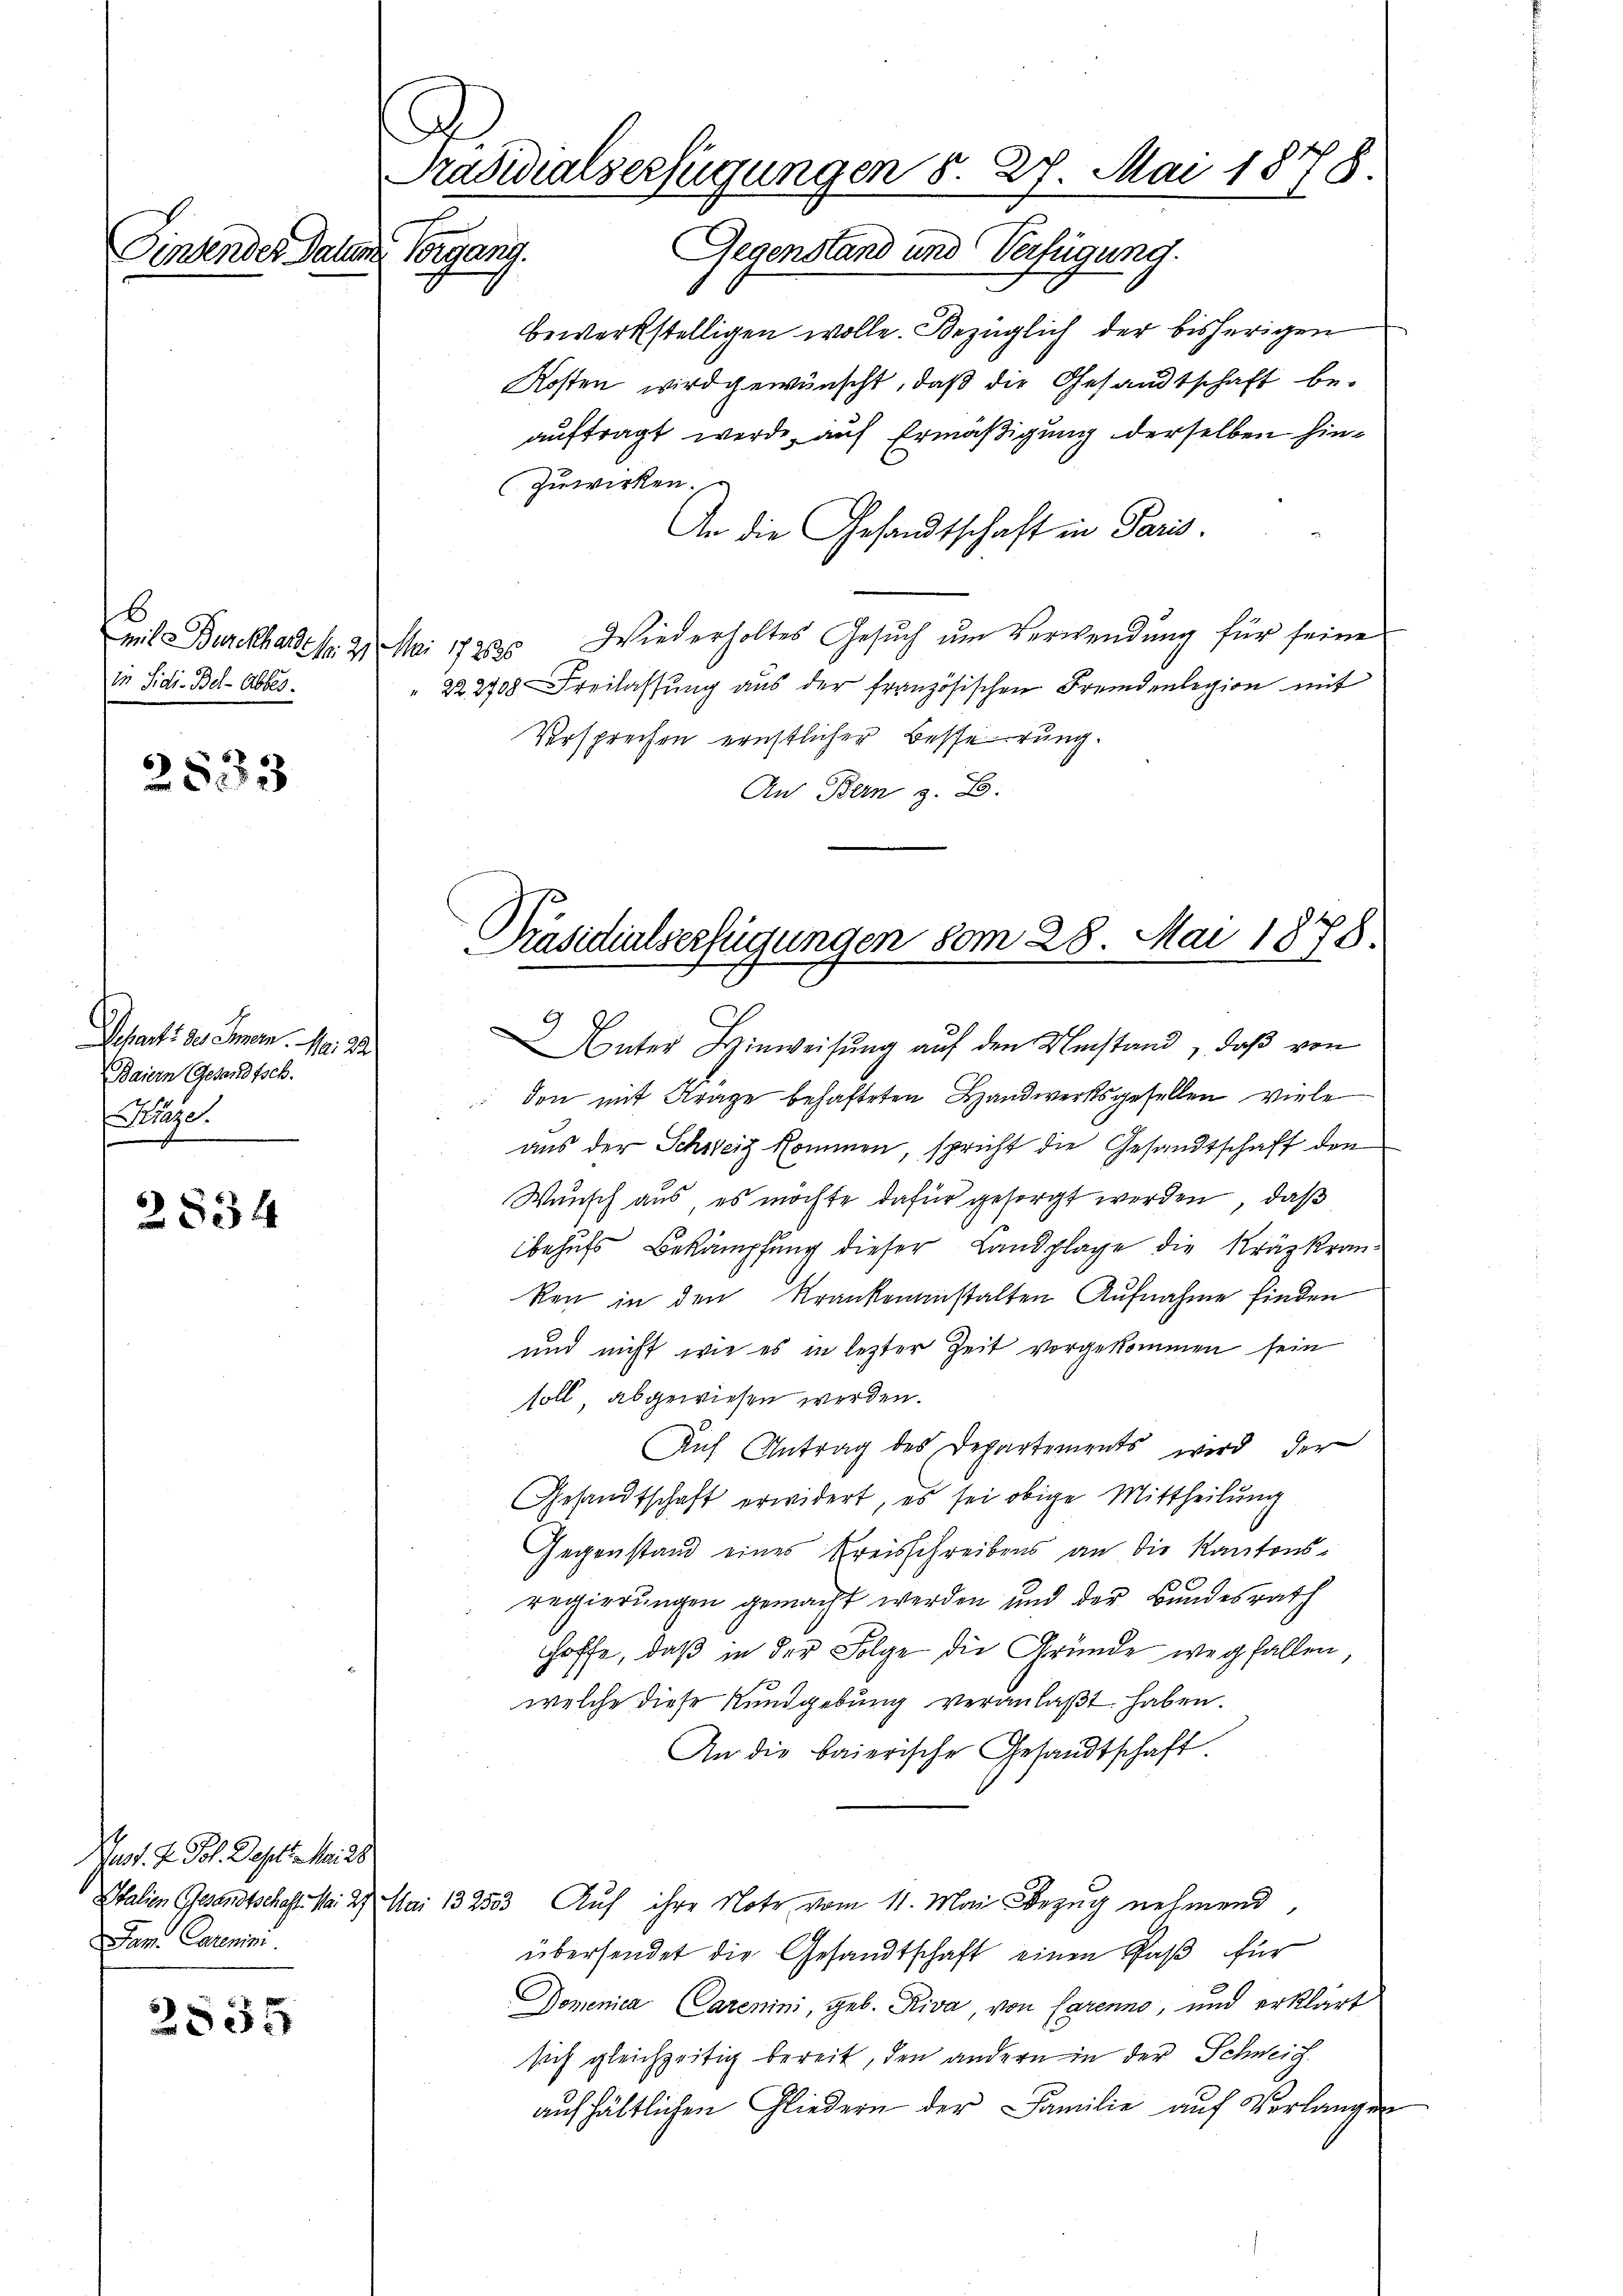
b
Mit Burckharde Nr. 21. Mai 172635
in Sidi. Bel-Abbes.

2833

Scharte des Immern. Mai 22
Baiern Gesandtsch.
uge.

2834

2555

Pradidialserfügungen 5. 27. Mai 1878.
Gegenstand und Verfügung.
Finander Daten Vorgang.

A.

Prof. J. Joh. Dasette Meil
Dem Carni

bewerkstelligen wolle. Bezüglich der bisherigen
Kosten wird gewünscht, daß die Gesandtschaft be-
auftragt werde, auf Ermäßigung derselben hinzuwirken
An die Gesandtschaft in Paris.
Wiederholtes Gesuch um Verwendung für seine
222708 Freilassung aus der französischen Fremdenlegion mit
Versprechen ernstlicher Besserung.
Auf Bern z. B.

Präsidialserfügungen vom 28. Mai 1878.

Unter Hinweisŭng aŭf den Umstand, daβ von
den mit Krage behafteten Handwerksgesellen viele
aus der Schweiz kommen, spricht die Gesandtschaft den
Wunsch aus, es möchte dafür gesorgt werden, daß
behufs Bekämpfung dieser Landplage die Kräzkranken in den Krankenanstalten Aufnahme finden
und nicht wie es in lezter Zeit vorgekommen sein
soll, abgewiesen werden.
Auf Antrag des Departements wird der
Gesandtschaft erwidert, es sei obige Mittheilung
Gegenstand eines Kreisschreibens an die Kantonsregierungen gemacht werden und der Bundesrath
hoffe, daß in der Folge die Gründe wegfallen,
welche diese Rundgebung veranlaßt haben.
An die baierische Gesandtschaft.
Italien Gesandtschaft. No. 27. Mai 132553. Auf ihre Note vom 11. Mai Bezug nehmend,
übersendet die Gesandtschaft einen Paß für
Domenica Carenini, geb. Riva, von Carenno, und erklärt
sich gleichzeitig bereit, den andern in der Schweiz.
aŭfhältlichen Gliedern der Familie aŭf Verlangen